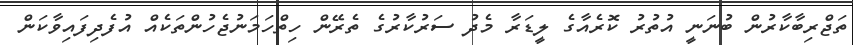
ތަޖްރިބާކާރުން ބުނަނީ އުތުރު ކޮރެއާގެ ލީޑަރާ މެދު ސަރުކާރުގެ ތެރޭން ހިތްހަމަނުޖެހުންތަކެއް އުފެދިފައިވާކަން